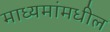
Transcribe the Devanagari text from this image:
माध्यमांमधील